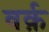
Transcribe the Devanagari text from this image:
वर्क़